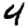
Digit: 4